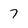
Character: 7